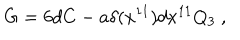
G = 6 d C - a \delta ( x ^ { 1 1 } ) d x ^ { 1 1 } Q _ { 3 } \ ,